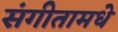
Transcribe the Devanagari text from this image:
संगीतामधे